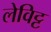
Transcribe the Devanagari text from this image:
लेविट्ट